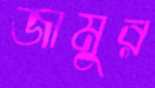
জামুর